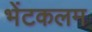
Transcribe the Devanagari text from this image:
भेंटकलम